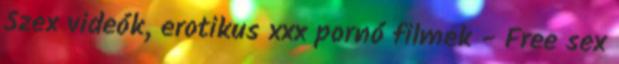
Szex videók, erotikus xxx pornó filmek - Free sex